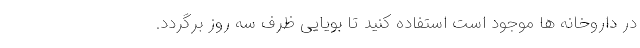
در داروخانه ها موجود است استفاده کنید تا بویایی ظرف سه روز برگردد.